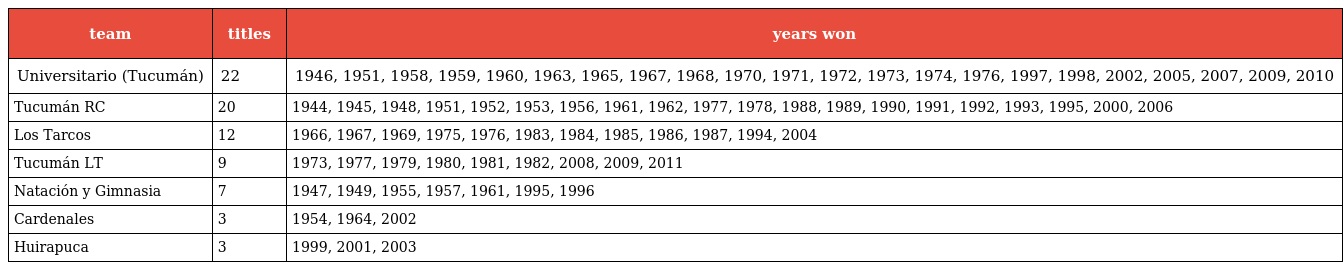
| team | titles | years won |
 | --- | --- | --- |
 | Universitario (Tucumán) | 22 | 1946, 1951, 1958, 1959, 1960, 1963, 1965, 1967, 1968, 1970, 1971, 1972, 1973, 1974, 1976, 1997, 1998, 2002, 2005, 2007, 2009, 2010 |
 | Tucumán RC | 20 | 1944, 1945, 1948, 1951, 1952, 1953, 1956, 1961, 1962, 1977, 1978, 1988, 1989, 1990, 1991, 1992, 1993, 1995, 2000, 2006 |
 | Los Tarcos | 12 | 1966, 1967, 1969, 1975, 1976, 1983, 1984, 1985, 1986, 1987, 1994, 2004 |
 | Tucumán LT | 9 | 1973, 1977, 1979, 1980, 1981, 1982, 2008, 2009, 2011 |
 | Natación y Gimnasia | 7 | 1947, 1949, 1955, 1957, 1961, 1995, 1996 |
 | Cardenales | 3 | 1954, 1964, 2002 |
 | Huirapuca | 3 | 1999, 2001, 2003 |